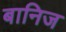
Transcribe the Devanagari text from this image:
बानिज